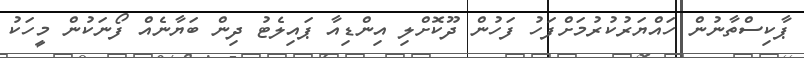
ޕާކިސްތާނުން ހައްޔަރުކުރުމަށްފަހު ފަހުން ދޫކޮށްލި އިންޑިއާ ޕައިލެޓު ދިން ބަޔާނެއް ފޯނަކުން މީހަކު